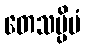
တေသမ္ပိမံ